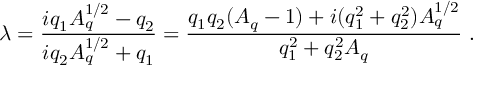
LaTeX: \lambda = { \frac { i q _ { 1 } A _ { q } ^ { 1 / 2 } - q _ { 2 } } { i q _ { 2 } A _ { q } ^ { 1 / 2 } + q _ { 1 } } } = { \frac { q _ { 1 } q _ { 2 } ( A _ { q } - 1 ) + i ( q _ { 1 } ^ { 2 } + q _ { 2 } ^ { 2 } ) A _ { q } ^ { 1 / 2 } } { q _ { 1 } ^ { 2 } + q _ { 2 } ^ { 2 } A _ { q } } } \ .